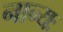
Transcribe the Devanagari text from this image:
नान्यः